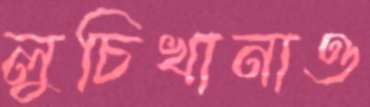
লুচিখানাও